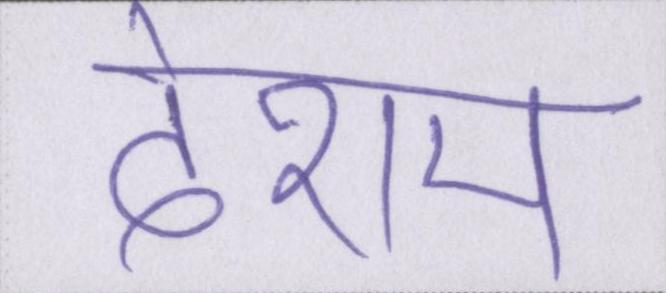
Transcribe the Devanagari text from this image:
देशम